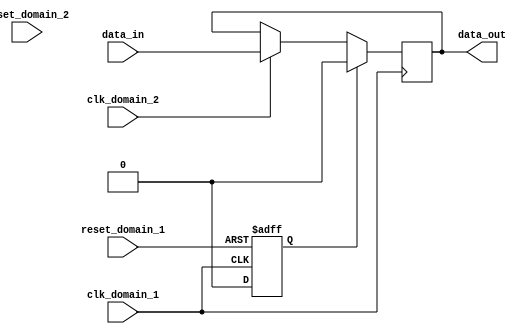
module Synchronizer (
    input wire clk_domain_1,           // Clock signal for domain 1
    input wire clk_domain_2,           // Clock signal for domain 2
    input wire reset_domain_1,         // Reset signal for domain 1
    input wire reset_domain_2,         // Reset signal for domain 2
    input wire data_in,                // Input data signal to be synchronized
    output reg data_out                // Synchronized output data signal
);

reg synchronized_reset;               // Synchronized reset signal

always @(posedge clk_domain_1 or posedge reset_domain_1) begin
    if (reset_domain_1) begin
        synchronized_reset <= 1'b1;
    end else begin
        synchronized_reset <= 1'b0;
    end
end

always @(posedge clk_domain_1) begin
    if (synchronized_reset) begin
        data_out <= 1'b0;              // Reset output data signal
    end else begin
        if (clk_domain_2) begin
            data_out <= data_in;        // Synchronize input data signal
        end
    end
end

endmodule